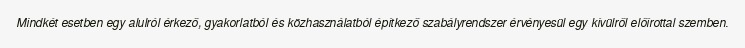
Mindkét esetben egy alulról érkező, gyakorlatból és közhasználatból építkező szabályrendszer érvényesül egy kívülről előírottal szemben.